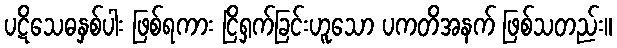
ပဋိသေဓနှစ်ပါး ဖြစ်ရကား ငြိရှက်ခြင်းဟူသော ပကတိအနက် ဖြစ်သတည်း။